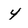
Character: 4